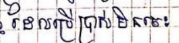
ដែលប្រើប្រាស់មិនចេះ